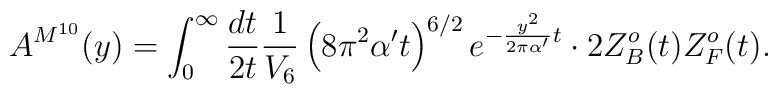
A^{M^{10}}(y) = \int_0^\infty {{dt} \over {2t}} {1 \over {V_6}} \left( 8 \pi^2 \alpha' t \right)^{6/2} e^{- {{y^2} \over {2 \pi \alpha'}} t} \cdot 2 Z^o_B(t)Z^o_F(t).